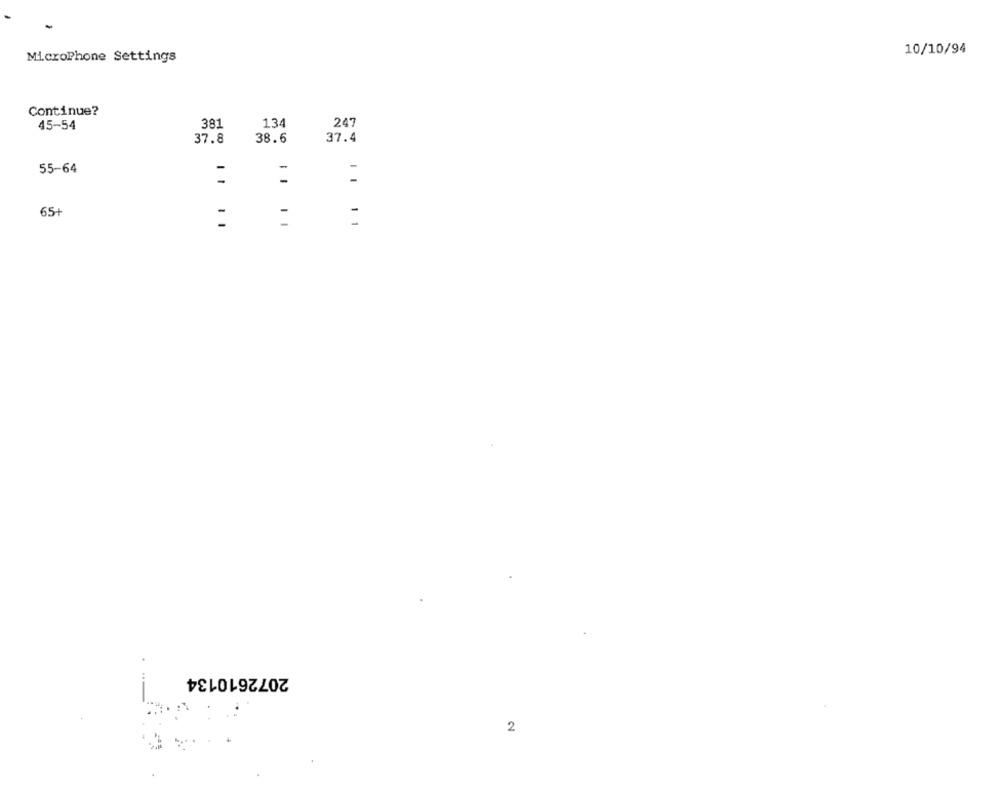
10/10/94
MicroPhone Settings
Continue?
45-54
381
134
247
37.8
38.6
37.4
55-64
-
-
65+
-
-
11 11
2072610134
2